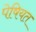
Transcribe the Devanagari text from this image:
पेषियत